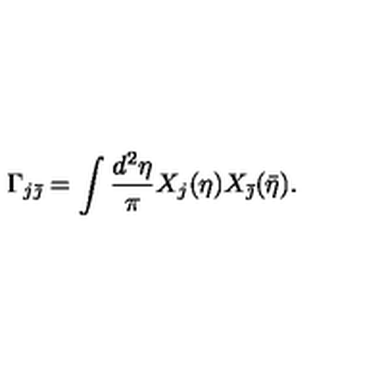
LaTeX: \Gamma _ { j \bar { \jmath } } = \int \frac { d ^ { 2 } \eta } { \pi } X _ { j } ( \eta ) X _ { \bar { \jmath } } ( \bar { \eta } ) .